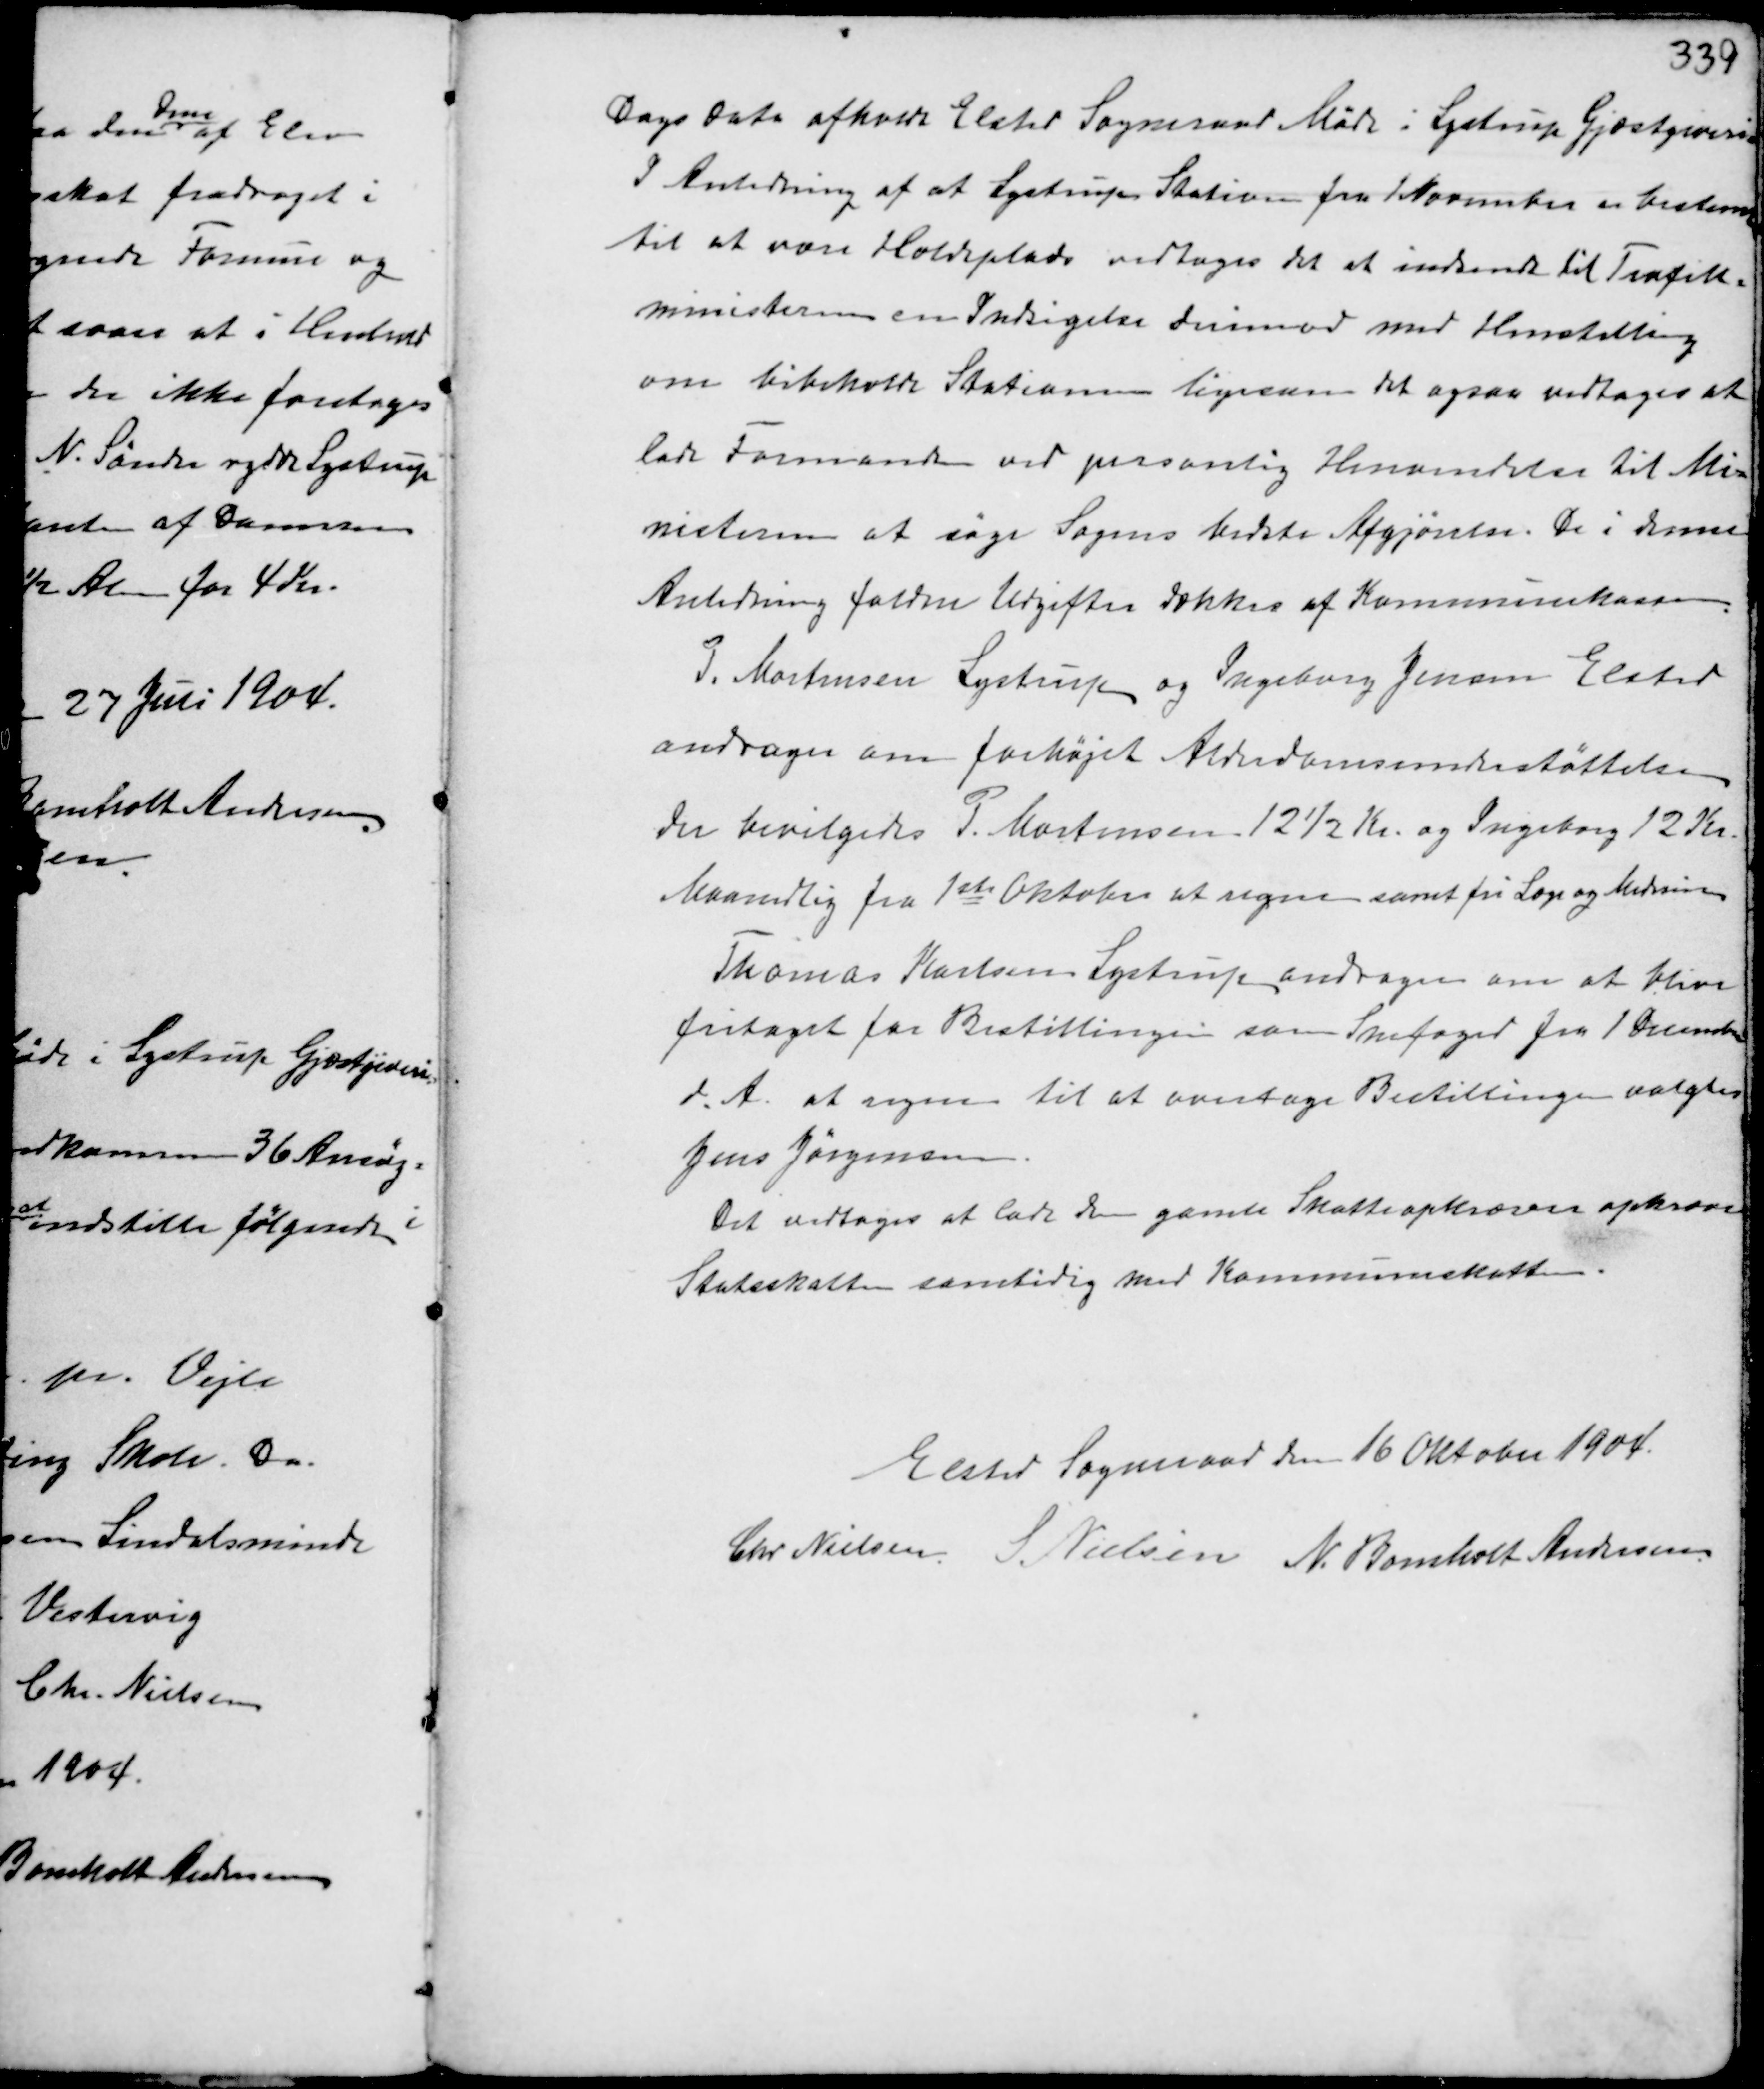
Transskription:
Dags Dato afholdt Elsted Sogneraad Møde i Lystrup Gjæstgiveri.
I Anledning af at Lystrup Station fra 1 November er bestemt
til at være Holdeplads vedtages det at indsende til Trafk-
ministeren en Indsigelse derimod med Henstilling
om bibeholde Stationen ligesom det ogsaa vedtages at
lade Formanden ved pesonlig Henvendelse til Mi-
nisteren at søge Sagens bedste Afgørelse. De i denne
Anledning faldne Udgifter dækkes af Kommunekassen.
P. Mortensen og Ingeborg Jensen Elsted
andrager om forhøjet Alderdomsunderstøttelse
der bevilgedes P. Mortensen 12½ Kr. og Ingeborg 12 Kr.
Maanedlig fra 1ste Oktober at regne samt fri Læge og Medicin
Thomas Karlsen Lystrup andrager om at blive
fritaget for Bestillingen som Snefoged fra 1 December
d.A. at regne til at overtage Bestillingen valgtes
Jens Jørgensen.
Det vedtoges at lade den gamle Skatteopkræver opkræve
Statsskatten samtidig med Kommuneskatten.

Elsted Sogneraad den 16 Oktober 1904.
Chr Nielsen S. Nielsen N. Bomholt Andersen